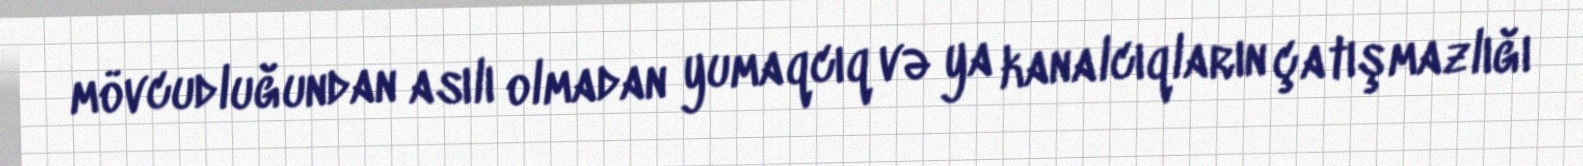
mövcudluğundan asılı olmadan yumaqcıq və ya kanalcıqların çatışmazlığı